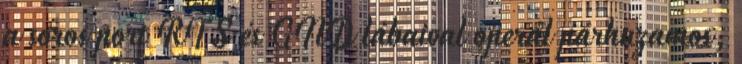
a soros port RTS és GND lábaival operál párhuzamos,